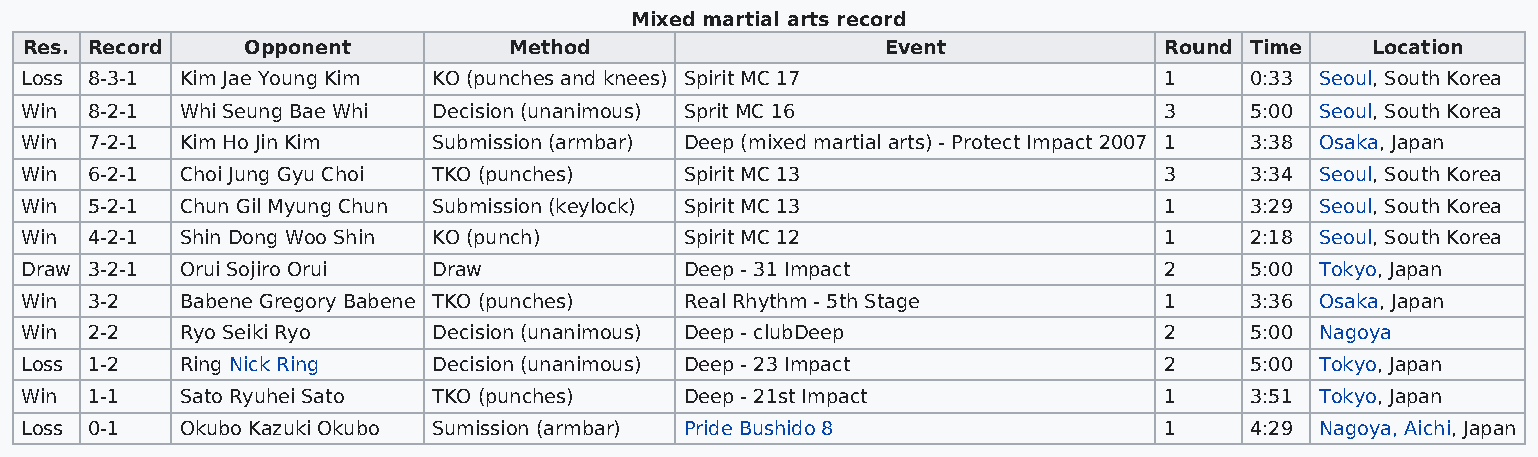
Mixed martial arts record
 Res. Record    Opponent          Method                   Event             Round Time    Location
 Loss 8-3-1 Kim Jae Young Kim KO (punches and knees) Spirit MC 17            1     0:33 Seoul, South Korea
 Win  8-2-1 Whi Seung Bae Whi Decision (unanimous) Sprit MC 16               3     5:00 Seoul, South Korea
 Win  7-2-1 Kim Ho Jin Kim   Submission (armbar) Deep (mixed martial arts) - Protect Impact 2007 1 3:38 Osaka, Japan
 Win  6-2-1 Choi Jung Gyu Choi TKO (punches) Spirit MC 13                    3     3:34 Seoul, South Korea
 Win  5-2-1 Chun Gil Myung Chun Submission (keylock) Spirit MC 13            1     3:29 Seoul, South Korea
 Win  4-2-1 Shin Dong Woo Shin KO (punch)    Spirit MC 12                    1     2:18 Seoul, South Korea
 Draw 3-2-1 Orui Sojiro Orui Draw            Deep - 31 Impact                2     5:00 Tokyo, Japan
 Win  3-2   Babene Gregory Babene TKO (punches) Real Rhythm - 5th Stage      1     3:36 Osaka, Japan
 Win  2-2   Ryo Seiki Ryo    Decision (unanimous) Deep - clubDeep            2     5:00 Nagoya
 Loss 1-2   Ring Nick Ring   Decision (unanimous) Deep - 23 Impact           2     5:00 Tokyo, Japan
 Win  1-1   Sato Ryuhei Sato TKO (punches)   Deep - 21st Impact              1     3:51 Tokyo, Japan
 Loss 0-1   Okubo Kazuki Okubo Sumission (armbar) Pride Bushido 8            1     4:29 Nagoya, Aichi, Japan